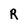
Character: R